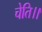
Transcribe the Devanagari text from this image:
चेति।।